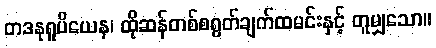
တဒနုရူပိယေန၊ ထိုဆန်တစ်စရွတ်ချက်ထမင်းနှင့် တူမျှသော။